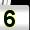
Digit: 5